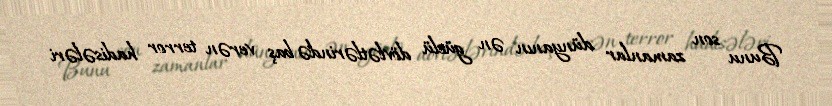
Bunu son zamanlar dünyanın ən güclü dövlətlərində baş verən terror hadisələri